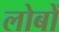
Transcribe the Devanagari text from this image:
लोबों